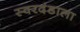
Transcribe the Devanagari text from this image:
स्वरदंडाला